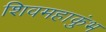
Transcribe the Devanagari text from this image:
शिवमहाकुंभ